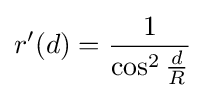
r'(d)={\frac {1}{\cos ^{2}{\frac {d}{R}}}}